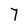
Character: 7